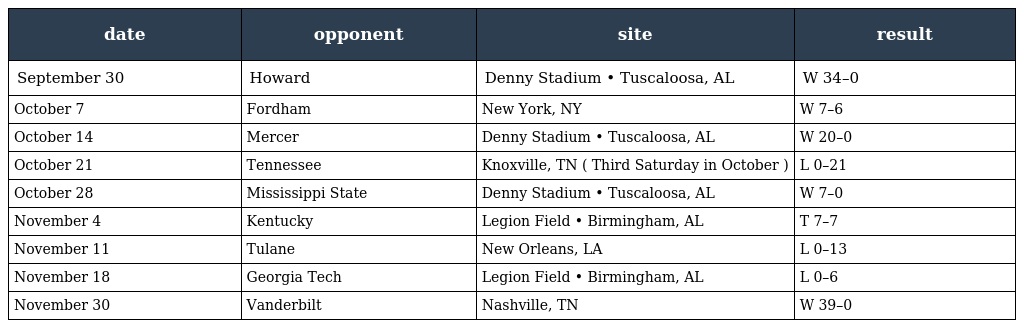
| date | opponent | site | result |
 | --- | --- | --- | --- |
 | September 30 | Howard | Denny Stadium • Tuscaloosa, AL | W 34–0 |
 | October 7 | Fordham | New York, NY | W 7–6 |
 | October 14 | Mercer | Denny Stadium • Tuscaloosa, AL | W 20–0 |
 | October 21 | Tennessee | Knoxville, TN ( Third Saturday in October ) | L 0–21 |
 | October 28 | Mississippi State | Denny Stadium • Tuscaloosa, AL | W 7–0 |
 | November 4 | Kentucky | Legion Field • Birmingham, AL | T 7–7 |
 | November 11 | Tulane | New Orleans, LA | L 0–13 |
 | November 18 | Georgia Tech | Legion Field • Birmingham, AL | L 0–6 |
 | November 30 | Vanderbilt | Nashville, TN | W 39–0 |